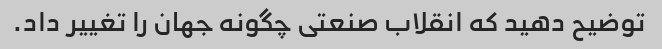
توضیح دهید که انقلاب صنعتی چگونه جهان را تغییر داد.